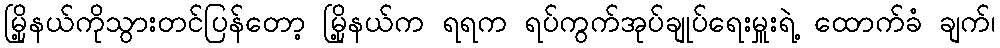
မြို့နယ်ကိုသွားတင်ပြန်တော့ မြို့နယ်က ရရက ရပ်ကွက်အုပ်ချုပ်ရေးမှူးရဲ့ ထောက်ခံ ချက်၊